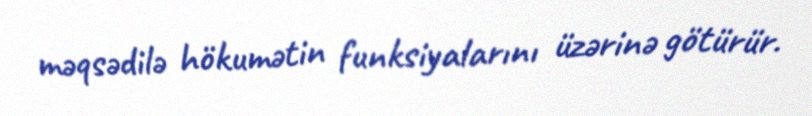
məqsədilə hökumətin funksiyalarını üzərinə götürür.